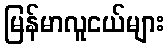
မြန်မာလူငယ်များ